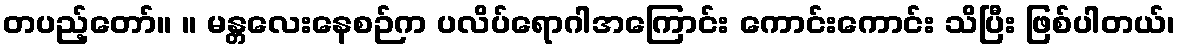
တပည့်တော်။ ။ မန္တလေးနေစဉ်က ပလိပ်ရောဂါအကြောင်း ကောင်းကောင်း သိပြီး ဖြစ်ပါတယ်၊